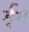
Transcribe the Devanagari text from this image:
ईश्